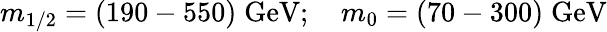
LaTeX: m_{1/2}=(190-550)\; \mathrm{GeV};\quad m_{0}=(70-300)\; \mathrm{GeV}